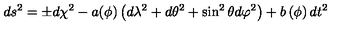
d s ^ { 2 } = \pm d \chi ^ { 2 } - a ( \phi ) \left( d \lambda ^ { 2 } + d \theta ^ { 2 } + \sin ^ { 2 } \theta d \varphi ^ { 2 } \right) + b \left( \phi \right) d t ^ { 2 }